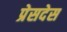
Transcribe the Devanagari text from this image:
प्रेसदेस